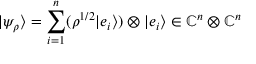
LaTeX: | \psi _ { \rho } \rangle = \sum _ { i = 1 } ^ { n } ( \rho ^ { { 1 } / { 2 } } | e _ { i } \rangle ) \otimes | e _ { i } \rangle \in \mathbb { C } ^ { n } \otimes \mathbb { C } ^ { n }